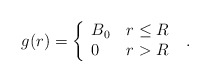
\begin{align*} g(r) = \left\{\begin{array}{l@{\quad}l}B_0 & r \leq R \, \\0 &r > R \\\end{array}\right. \, .\end{align*}